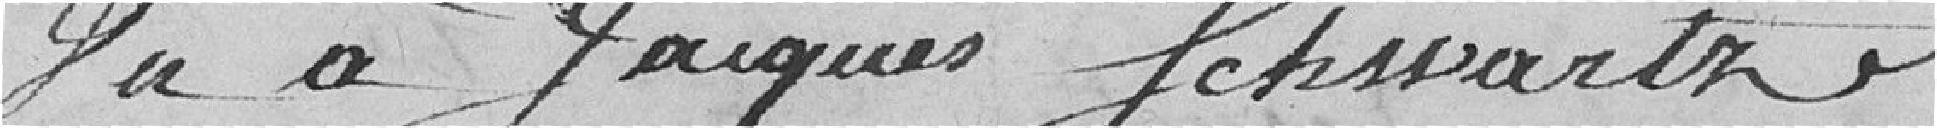
Du à Jacques Schwartz